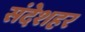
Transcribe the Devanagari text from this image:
संदेशहर